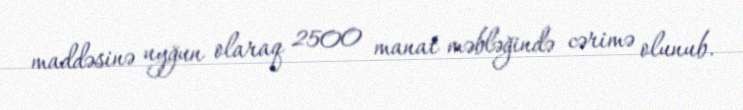
maddəsinə uyğun olaraq 2500 manat məbləğində cərimə olunub.